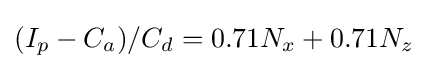
(I_{p}-C_{a})/C_{d}=0.71N_{x}+0.71N_{z}